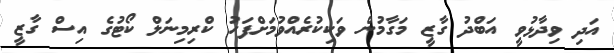
އަދި ވިދާޅުވީ އަބްދު ގާޒީ މަގާމުން ވަކިކުރެއްވުމަށްފަހު ކްރިމިނަލް ކޯޓުގެ އިސް ގާޒީ